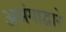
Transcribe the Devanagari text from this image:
अभंगाद्वारे